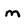
Character: m